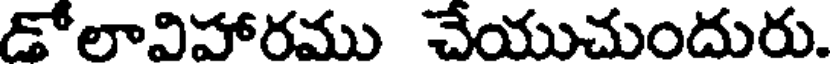
డోలావిహారము చేయుచుందురు.